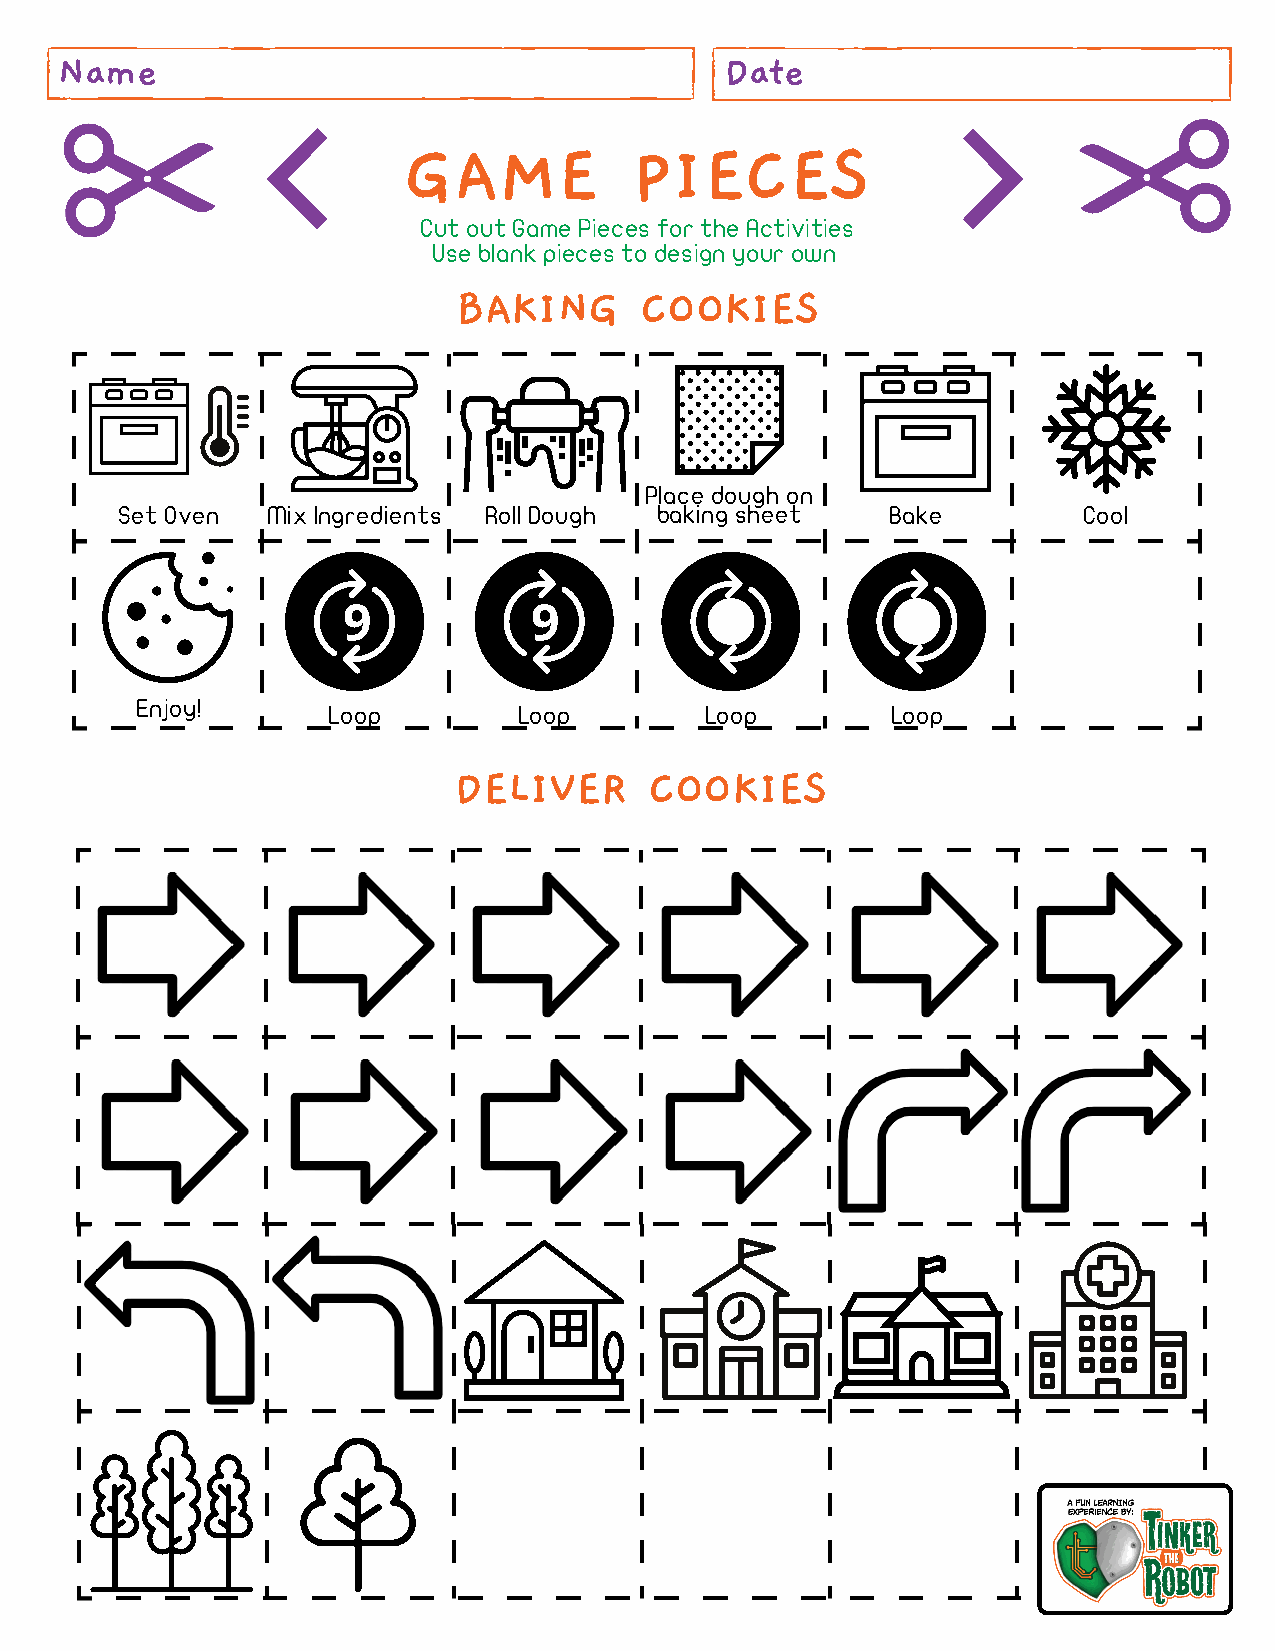
Name                                        Date
 GAME           PIECES
 Cut out Game Pieces for the Activities
 Use blank pieces to design your own
 BAKING      COOKIES
 Place dough on
 Set Oven  Mix Ingredients Roll Dough baking sheet  Bake         Cool
 9           9
 Enjoy!
 Loop        Loop         Loop        Loop
 DELIVER      COOKIES